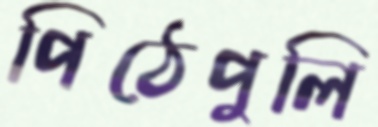
পিঠেপুলি